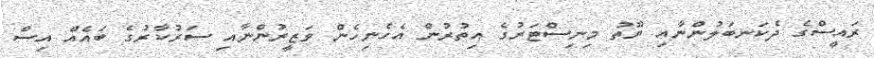
ރައީސްގެ ދެކަނބަލުންނާއި ޔޫތު މިނިސްޓަރުގެ އިތުރުން އެހެނިހެން ވަޒީރުންނާއި ސަރުކާރުގެ ބައެއް އިސް